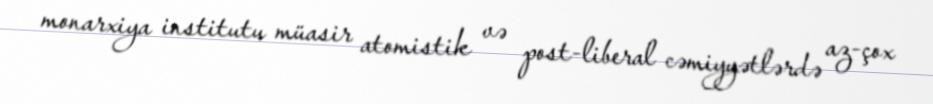
monarxiya institutu müasir atomistik və post-liberal cəmiyyətlərdə az-çox